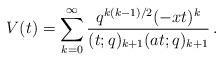
LaTeX: \begin{align*}V(t)=\sum_{k=0}^{\infty}\frac{q^{k(k-1)/2}(-xt)^{k}}{(t;q)_{k+1}(at;q)_{k+1}}\,.\end{align*}